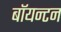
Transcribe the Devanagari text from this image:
बॉयन्टन